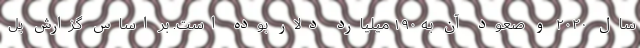
سال ۲۰۲۰ و صعود آن به ۱۹۰ میلیارد دلار بوده است. بر اساس گزارش بل